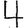
Digit: 4